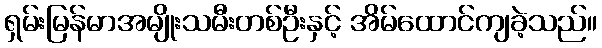
ရှမ်းမြန်မာအမျိုးသမီးတစ်ဦးနှင့် အိမ်ထောင်ကျခဲ့သည်။